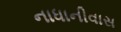
નાધાનીવાસ